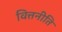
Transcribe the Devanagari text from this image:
वित्तनीति